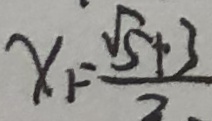
x _ { 1 } = \frac { \sqrt { 5 } + 3 } { 2 }